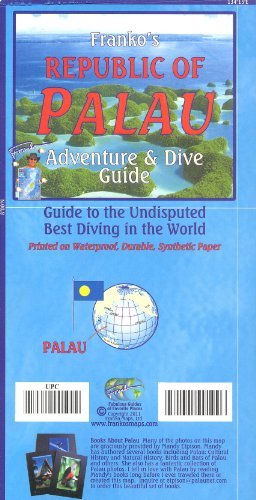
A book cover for Palau (Micronesia) 1:170 000 / 105 000 Visitor's Guide & Dive Map, waterproof FRANKO, 2013 edition; Franko; Travel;